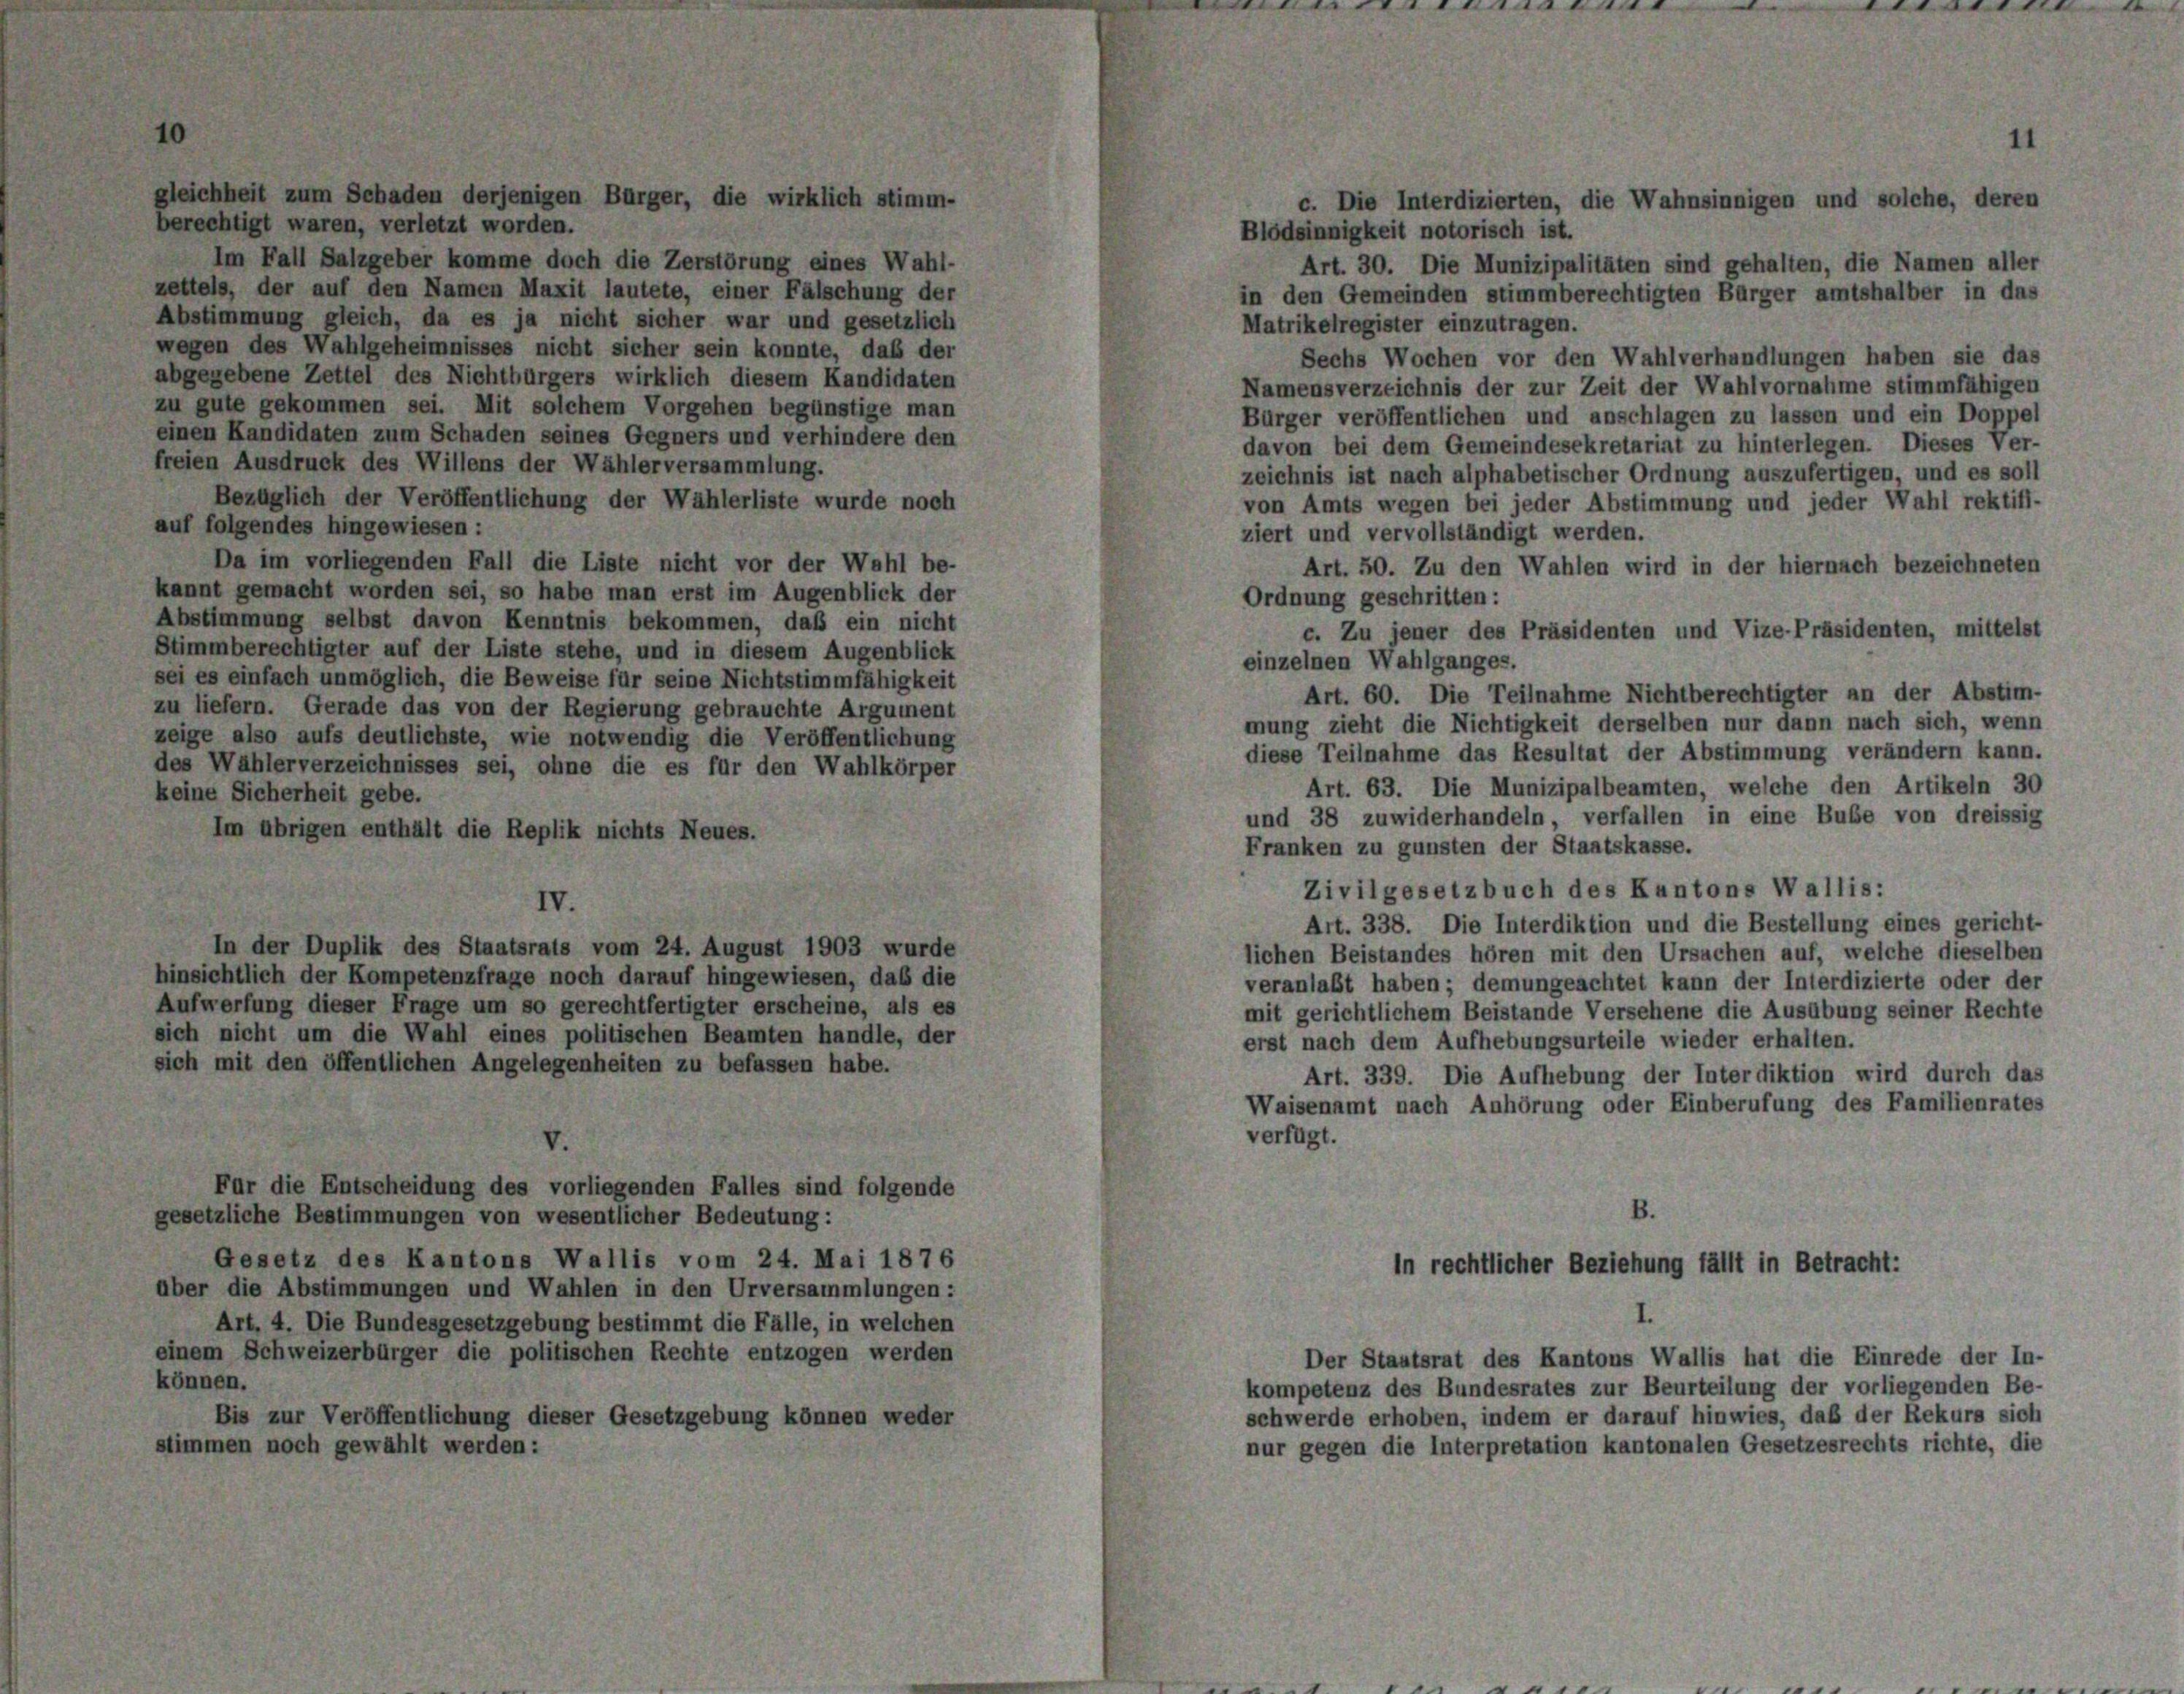
berechtigt waren, verletzt worden.
Blödsinnigkeit notorisch ist.
Im Fall Salzgeber komme doch die Zerstörung eines Wahl-
Art. 30. Die Munizipalitäten sind gehalten, die Namen aller
zettels, der auf den Namen Maxit lautete, einer Fälschung der
in den Gemeinden stimmberechtigten Bürger amtshalber in das
Abstimmung gleich, da es ja nicht sicher war und gesetzlich
Matrikelregister einzutragen.
wegen des Wahlgeheimnisses nicht sicher sein konnte, daß der
Sechs Wochen vor den Wahlverhandlungen haben sie das
abgegebene Zettel des Nichtbürgers wirklich diesem Kandidaten
Namensverzeichnis der zur Zeit der Wahlvornahme stimmfähigen
zu gute gekommen sei. Mit solchem Vorgehen begünstige man
Bürger veröffentlichen und anschlagen zu lassen und ein Doppel
einen Kandidaten zum Schaden seines Gegners und verhindere den
davon bei dem Gemeindesekretariat zu hinterlegen. Dieses Ver-
freien Ausdruck des Willens der Wähler versammlung.
zeichnis ist nach alphabetischer Ordnung auszufertigen, und es soll
Bezüglich der Veröffentlichung der Wählerliste wurde noch
von Amts wegen bei jeder Abstimmung und jeder Wahl rektifi-
auf folgendes hingewiesen :
ziert und vervollständigt werden.
Da im vorliegenden Fall die Liste nicht vor der Wahl be-
Art. 50. Zu den Wahlen wird in der hiernach bezeichneten
kannt gemacht worden sei, so habe man erst im Augenblick der
Ordnung geschritten:
Abstimmung selbst davon Kenntnis bekommen, daß ein nicht
c. Zu jener des Präsidenten und Vize-Präsidenten, mittelst
Stimmberechtigter auf der Liste stehe, und in diesem Augenblick
einzelnen Wahlganges.
sei es einfach unmöglich, die Beweise für seine Nichtstimmfähigkeit
Art. 60. Die Teilnahme Nichtberechtigter an der Abstim-
zu liefern. Gerade das von der Regierung gebrauchte Argument
mung zieht die Nichtigkeit derselben nur dann nach sich, wenn
zeige also aufs deutlichste, wie notwendig die Veröffentlichung
diese Teilnahme das Resultat der Abstimmung verändern kann.
des Wählerverzeichnisses sei, ohne die es für den Wahlkörper
Art. 63. Die Munizipalbeamten, welche den Artikeln 30
keine Sicherheit gebe.
und 38 zuwiderhandeln, verfallen in eine Bube von dreissig
Im übrigen enthält die Replik nichts Neues.
Franken zu gunsten der Staatskasse.
Zivilgesetzbuch des Kantons Wallis:
IV.
Art. 338. Die Interdiktion und die Bestellung eines gericht-
In der Duplik des Staatsrats vom 24. August 1903 wurde
lichen Beistandes hören mit den Ursachen auf, welche dieselben
hinsichtlich der Kompetenzfrage noch darauf hingewiesen, daß die
veranlaßt haben; demungeachtet kann der Interdizierte oder der
Aufwerfung dieser Frage um so gerechtfertigter erscheine, als es
mit gerichtlichem Beistande Versehene die Ausübung seiner Rechte
sich nicht um die Wahl eines politischen Beamten handle, der
erst nach dem Aufhebungsurteile wieder erhalten.
sich mit den öffentlichen Angelegenheiten zu befassen habe.
Art. 339. Die Aufhebung der Interdiktion wird durch das
Waisenamt nach Anhörung oder Einberufung des Familienrates
verfügt.
Für die Entscheidung des vorliegenden Falles sind folgende
B.
gesetzliche Bestimmungen von wesentlicher Bedeutung:

gleichheit zum Schaden derjenigen Bürger, die wirklich stimm-

Gesetz des Kantons Wallis vom 24. Mai 1876
über die Abstimmungen und Wahlen in den Urversammlungen:
Art. 4. Die Bundesgesetzgebung bestimmt die Fälle, in welchen
einem Schweizerbürger die politischen Rechte entzogen werden
können.
Bis zur Veröffentlichung dieser Gesetzgebung können weder
stimmen noch gewählt werden:

11
c. Die Interdizierten, die Wahnsinnigen und solche, deren

in rechtlicher Beziehung fällt in Betracht:

Der Staatsrat des Kantons Wallis hat die Einrede der In-
kompetenz des Bundesrates zur Beurteilung der vorliegenden Be-
schwerde erhoben, indem er darauf hinwies, daß der Rekurs sich
nur gegen die Interpretation kantonalen Gesetzesrechts richte, die